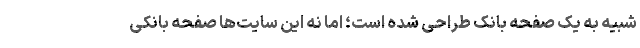
شبیه به یک صفحه بانک طراحی شده است؛ اما نه این سایت‌ها صفحه بانکی